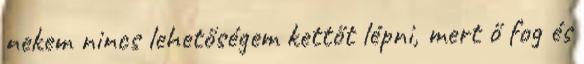
nekem nincs lehetőségem kettőt lépni, mert ő fog és